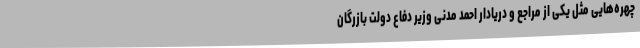
چهره‌هایی مثل یکی از مراجع و دریادار احمد مدنی وزیر دفاع دولت بازرگان